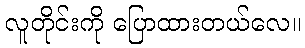
လူတိုင်းကို ပြောထားတယ်လေ။